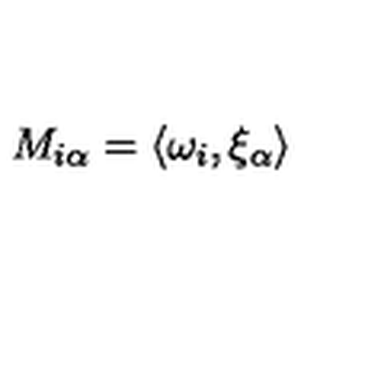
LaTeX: M _ { i \alpha } = \langle \omega _ { i } , \xi _ { \alpha } \rangle